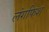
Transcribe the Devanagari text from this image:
लंगफिश